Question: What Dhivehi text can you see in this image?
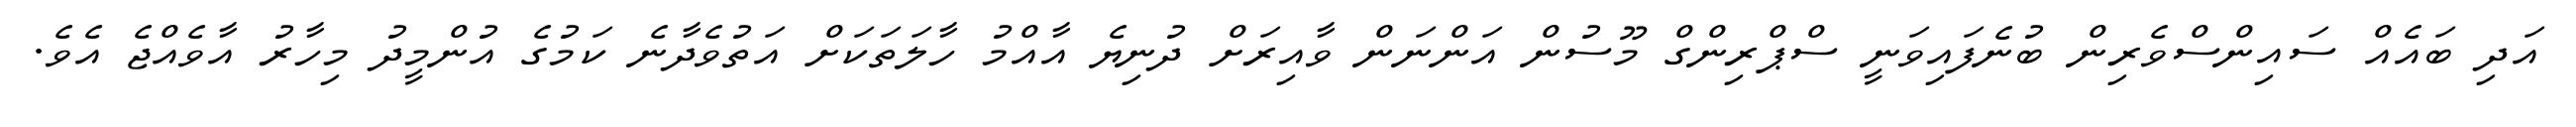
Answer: އަދި ބައެއް ސައިންސްވެރިން ބުނެފައިވަނީ ސްޕްރިންގް މޫސުން އަންނަން ވާއިރަށް ދުނިޔެ އާއްމު ހާލަތަކަށް އަތުވެދާނެ ކަމުގެ އުންމީދު މިހާރު އާވެއްޖެ އެވެ.